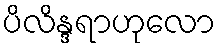
ပိလိန္ဒရာဟုလော